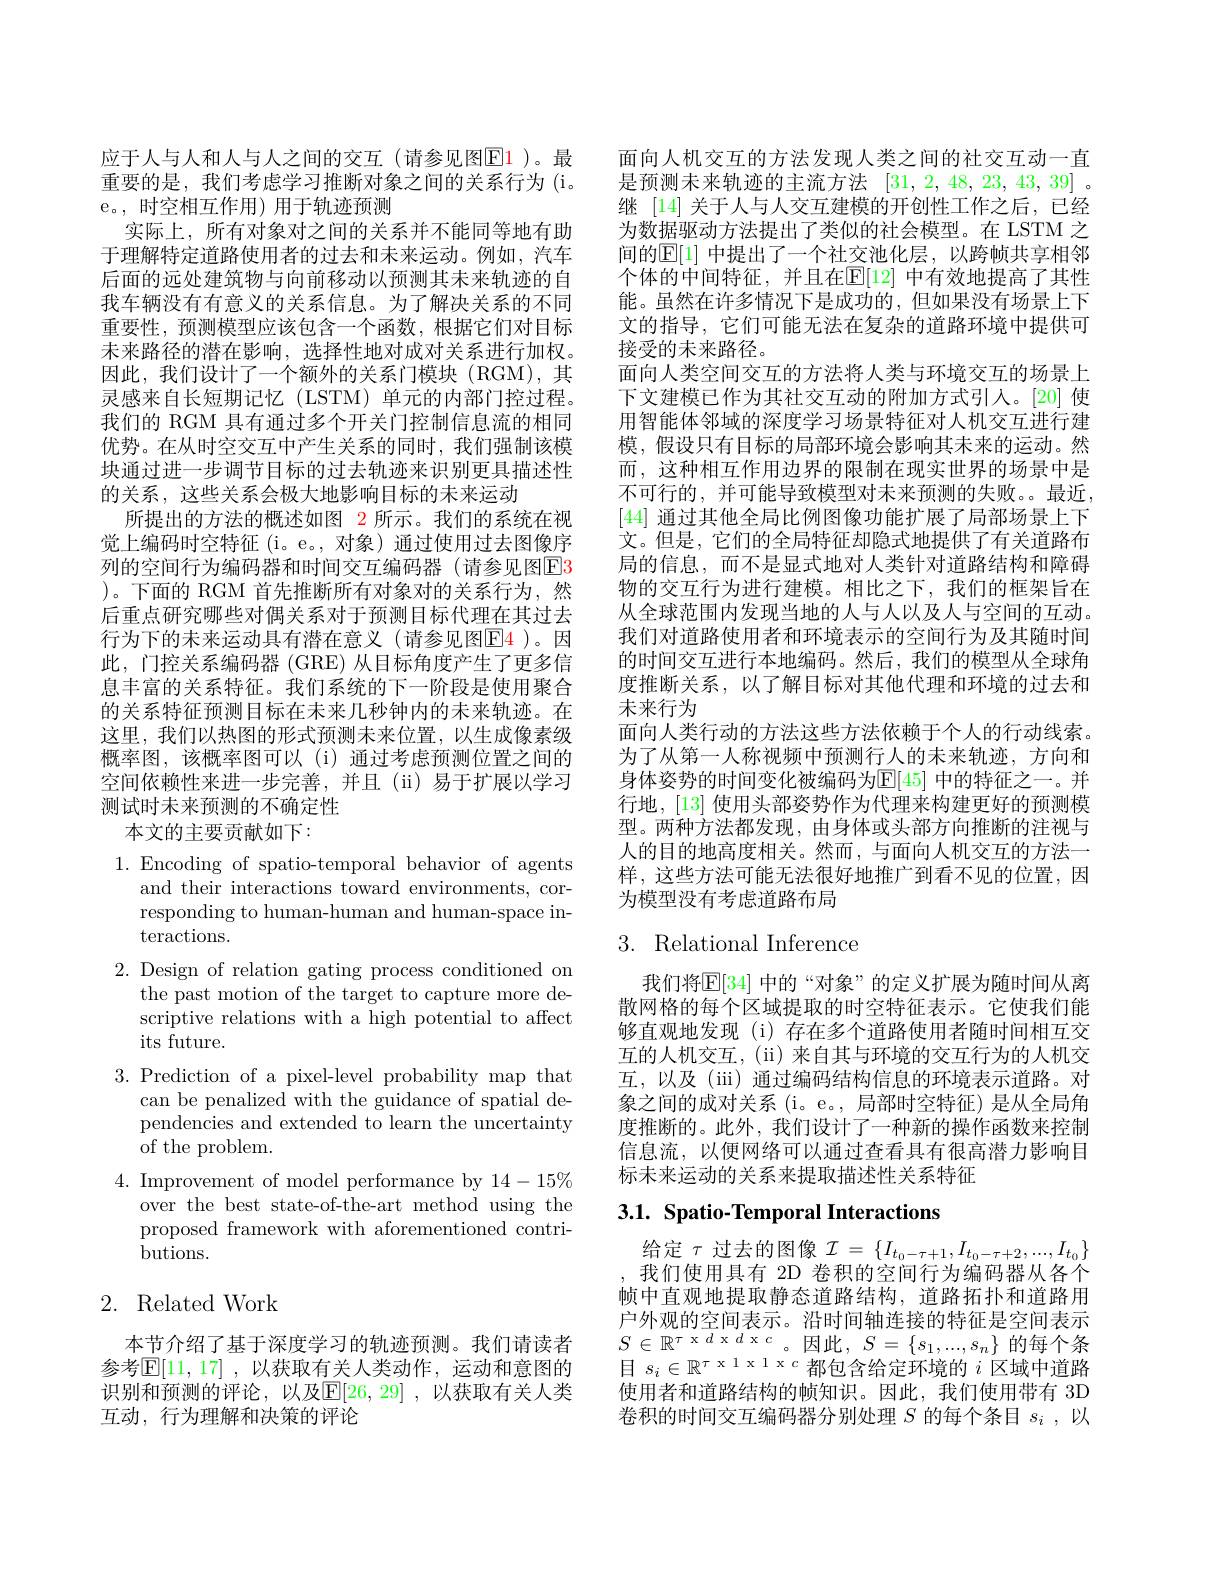
应于人与人和人与人之间的交互(请参见图$\color{red}{\mathrm{E}}\color{blue}{\mathrm{1}}$)。最重要的是，我们考虑学习推断对象之间的关系行为(i。e。,时空相互作用)用于轨迹预测
实际上，所有对象对之间的关系并不能同等地有助于理解特定道路使用者的过去和未来运动。例如，汽车后面的远处建筑物与向前移动以预测其未来轨迹的自我车辆没有有意义的关系信息。为了解决关系的不同重要性，预测模型应该包含一个函数，根据它们对目标未来路径的潜在影响，选择性地对成对关系进行加权。因此，我们设计了一个额外的关系门模块(RGM),其灵感来自长短期记忆(LSTM)单元的内部门控过程。我们的 RGM 具有通过多个开关门控制信息流的相同优势。在从时空交互中产生关系的同时，我们强制该模块通过进一步调节目标的过去轨迹来识别更具描述性的关系，这些关系会极大地影响目标的未来运动
所提出的方法的概述如图 2 所示。我们的系统在视觉上编码时空特征(i。e。,对象)通过使用过去图像序列的空间行为编码器和时间交互编码器(请参见图E3 )。下面的 RGM 首先推断所有对象对的关系行为，然后重点研究哪些对偶关系对于预测目标代理在其过去行为下的未来运动具有潜在意义(请参见图$\color{red}{\mathrm{E}}\color{blue}{\mathrm{E}}\color{red}{\mathrm{4}}$)。因此，门控关系编码器 (GRE) 从目标角度产生了更多信息丰富的关系特征。我们系统的下一阶段是使用聚合的关系特征预测目标在未来几秒钟内的未来轨迹。在这里，我们以热图的形式预测未来位置，以生成像素级概率图，该概率图可以 (i)通过考虑预测位置之间的空间依赖性来进一步完善，并且(ii)易于扩展以学习测试时未来预测的不确定性
本文的主要贡献如下：

1.Encoding of spatio-temporal behavior of agents
and their interactions toward environments, corresponding to human-human and human-space interactions.
2. Design of relation gating process conditioned on
the past motion of the target to capture more descriptive relations with a high potential to affect its future.
3.Prediction of a pixel-level probability map that
can be penalized with the guidance of spatial dependencies and extended to learn the uncertainty of the problem.
4. Improvement of model performance by $14-15\%$
over the best state-of-the-art method using the proposed framework with aforementioned contributions.

# 2. Related Work

本节介绍了基于深度学习的轨迹预测。我们请读者参考$\mathbb{E}[11,17]$ ,以获取有关人类动作，运动和意图的识别和预测的评论，以及$\overline{\mathrm{E}}[26,29]$ ,以获取有关人类互动，行为理解和决策的评论

面向人机交互的方法发现人类之间的社交互动一直是预测未来轨迹的主流方法[31,2,48,23,43,39] 。继 [14] 关于人与人交互建模的开创性工作之后，已经为数据驱动方法提出了类似的社会模型。在 LSTM 之间的$\mathbb{E}[1]$ 中提出了一个社交池化层，以跨帧共享相邻个体的中间特征，并且在$\mathbb{E}[12]$ 中有效地提高了其性能。虽然在许多情况下是成功的，但如果没有场景上下文的指导，它们可能无法在复杂的道路环境中提供可接受的末来路径。
面向人类空间交互的方法将人类与环境交互的场景上下文建模已作为其社交互动的附加方式引人。[20] 使用智能体邻域的深度学习场景特征对人机交互进行建模，假设只有目标的局部环境会影响其未来的运动。然而，这种相互作用边界的限制在现实世界的场景中是不可行的，并可能导致模型对未来预测的失败。。最近， [44]通过其他全局比例图像功能扩展了局部场景上下文。但是，它们的全局特征却隐式地提供了有关道路布局的信息，而不是显式地对人类针对道路结构和障碍物的交互行为进行建模。相比之下，我们的框架旨在从全球范围内发现当地的人与人以及人与空间的互动。我们对道路使用者和环境表示的空间行为及其随时间的时间交互进行本地编码。然后，我们的模型从全球角度推断关系，以了解目标对其他代理和环境的过去和末来行为
面向人类行动的方法这些方法依赖于个人的行动线索。为了从第一人称视频中预测行人的未来轨迹，方向和身体姿势的时间变化被编码为$\mathbb{E}[45]$ 中的特征之一。并行地，[13] 使用头部姿势作为代理来构建更好的预测模型。两种方法都发现，由身体或头部方向推断的注视与人的目的地高度相关。然而，与面向人机交互的方法一样，这些方法可能无法很好地推广到看不见的位置，因为模型没有考虑道路布局

# 3. Relational Inference

我们将$\mathbb{E}[34]$ 中的“对象”的定义扩展为随时间从离散网格的每个区域提取的时空特征表示。它使我们能够直观地发现(i)存在多个道路使用者随时间相互交互的人机交互，(ii) 来自其与环境的交互行为的人机交互，以及(ii) 通过编码结构信息的环境表示道路。对象之间的成对关系(i。e。, 局部时空特征) 是从全局角度推断的。此外，我们设计了一种新的操作函数来控制信息流，以便网络可以通过查看具有很高潜力影响目标未来运动的关系来提取描述性关系特征

# 3.1. Spatio-Temporal Interactions

给定$\tau$过去的图像$\mathcal{I}=\{I_t_0-\tau+1,I_{t_0-\tau+2},...,I_{t_0}\}$ 我们使用具有 2D 卷积的空间行为编码器从各个帧中直观地提取静态道路结构，道路拓扑和道路用户外观的空间表示。沿时间轴连接的特征是空间表示$S\in\mathbb{R}^{\tau\text{ x d x d x }c}$。因此$,S=\{s_1,...,s_n\}$ 的每个条目$s_i\in\mathbb{R}^{\tau\text{ x 1 x 1 x c 都包含给定环境的 }i\text{ 区域中道路}}$ 使用者和道路结构的帧知识。因此，我们使用带有 3D 卷积的时间交互编码器分别处理$S$的每个条目$s_i$,以